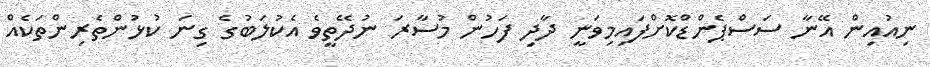
ނިއުއިން އޭނާ ސަސްޕެންޑްކޮށްފައިމިވަނީ ދާދި ފަހުން މުސާރަ ނުދޭތީވެ އެކުލަބުގެ ގިނަ ކުޅުންތެރިންތަކެއް